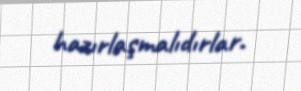
hazırlaşmalıdırlar.